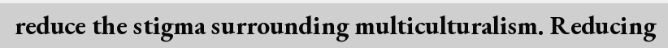
reduce the stigma surrounding multiculturalism. Reducing